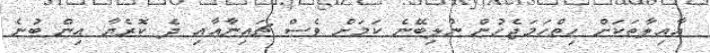
އާއިލާތަކަށް ހިތްހަމަޖެހުން ނުލިބޭނެ ކަމަށް ވެސް ޗައިނާއާއި ދެ ކޮރެޔާ އިން ބުނެ